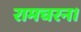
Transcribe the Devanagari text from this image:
रामचरन।